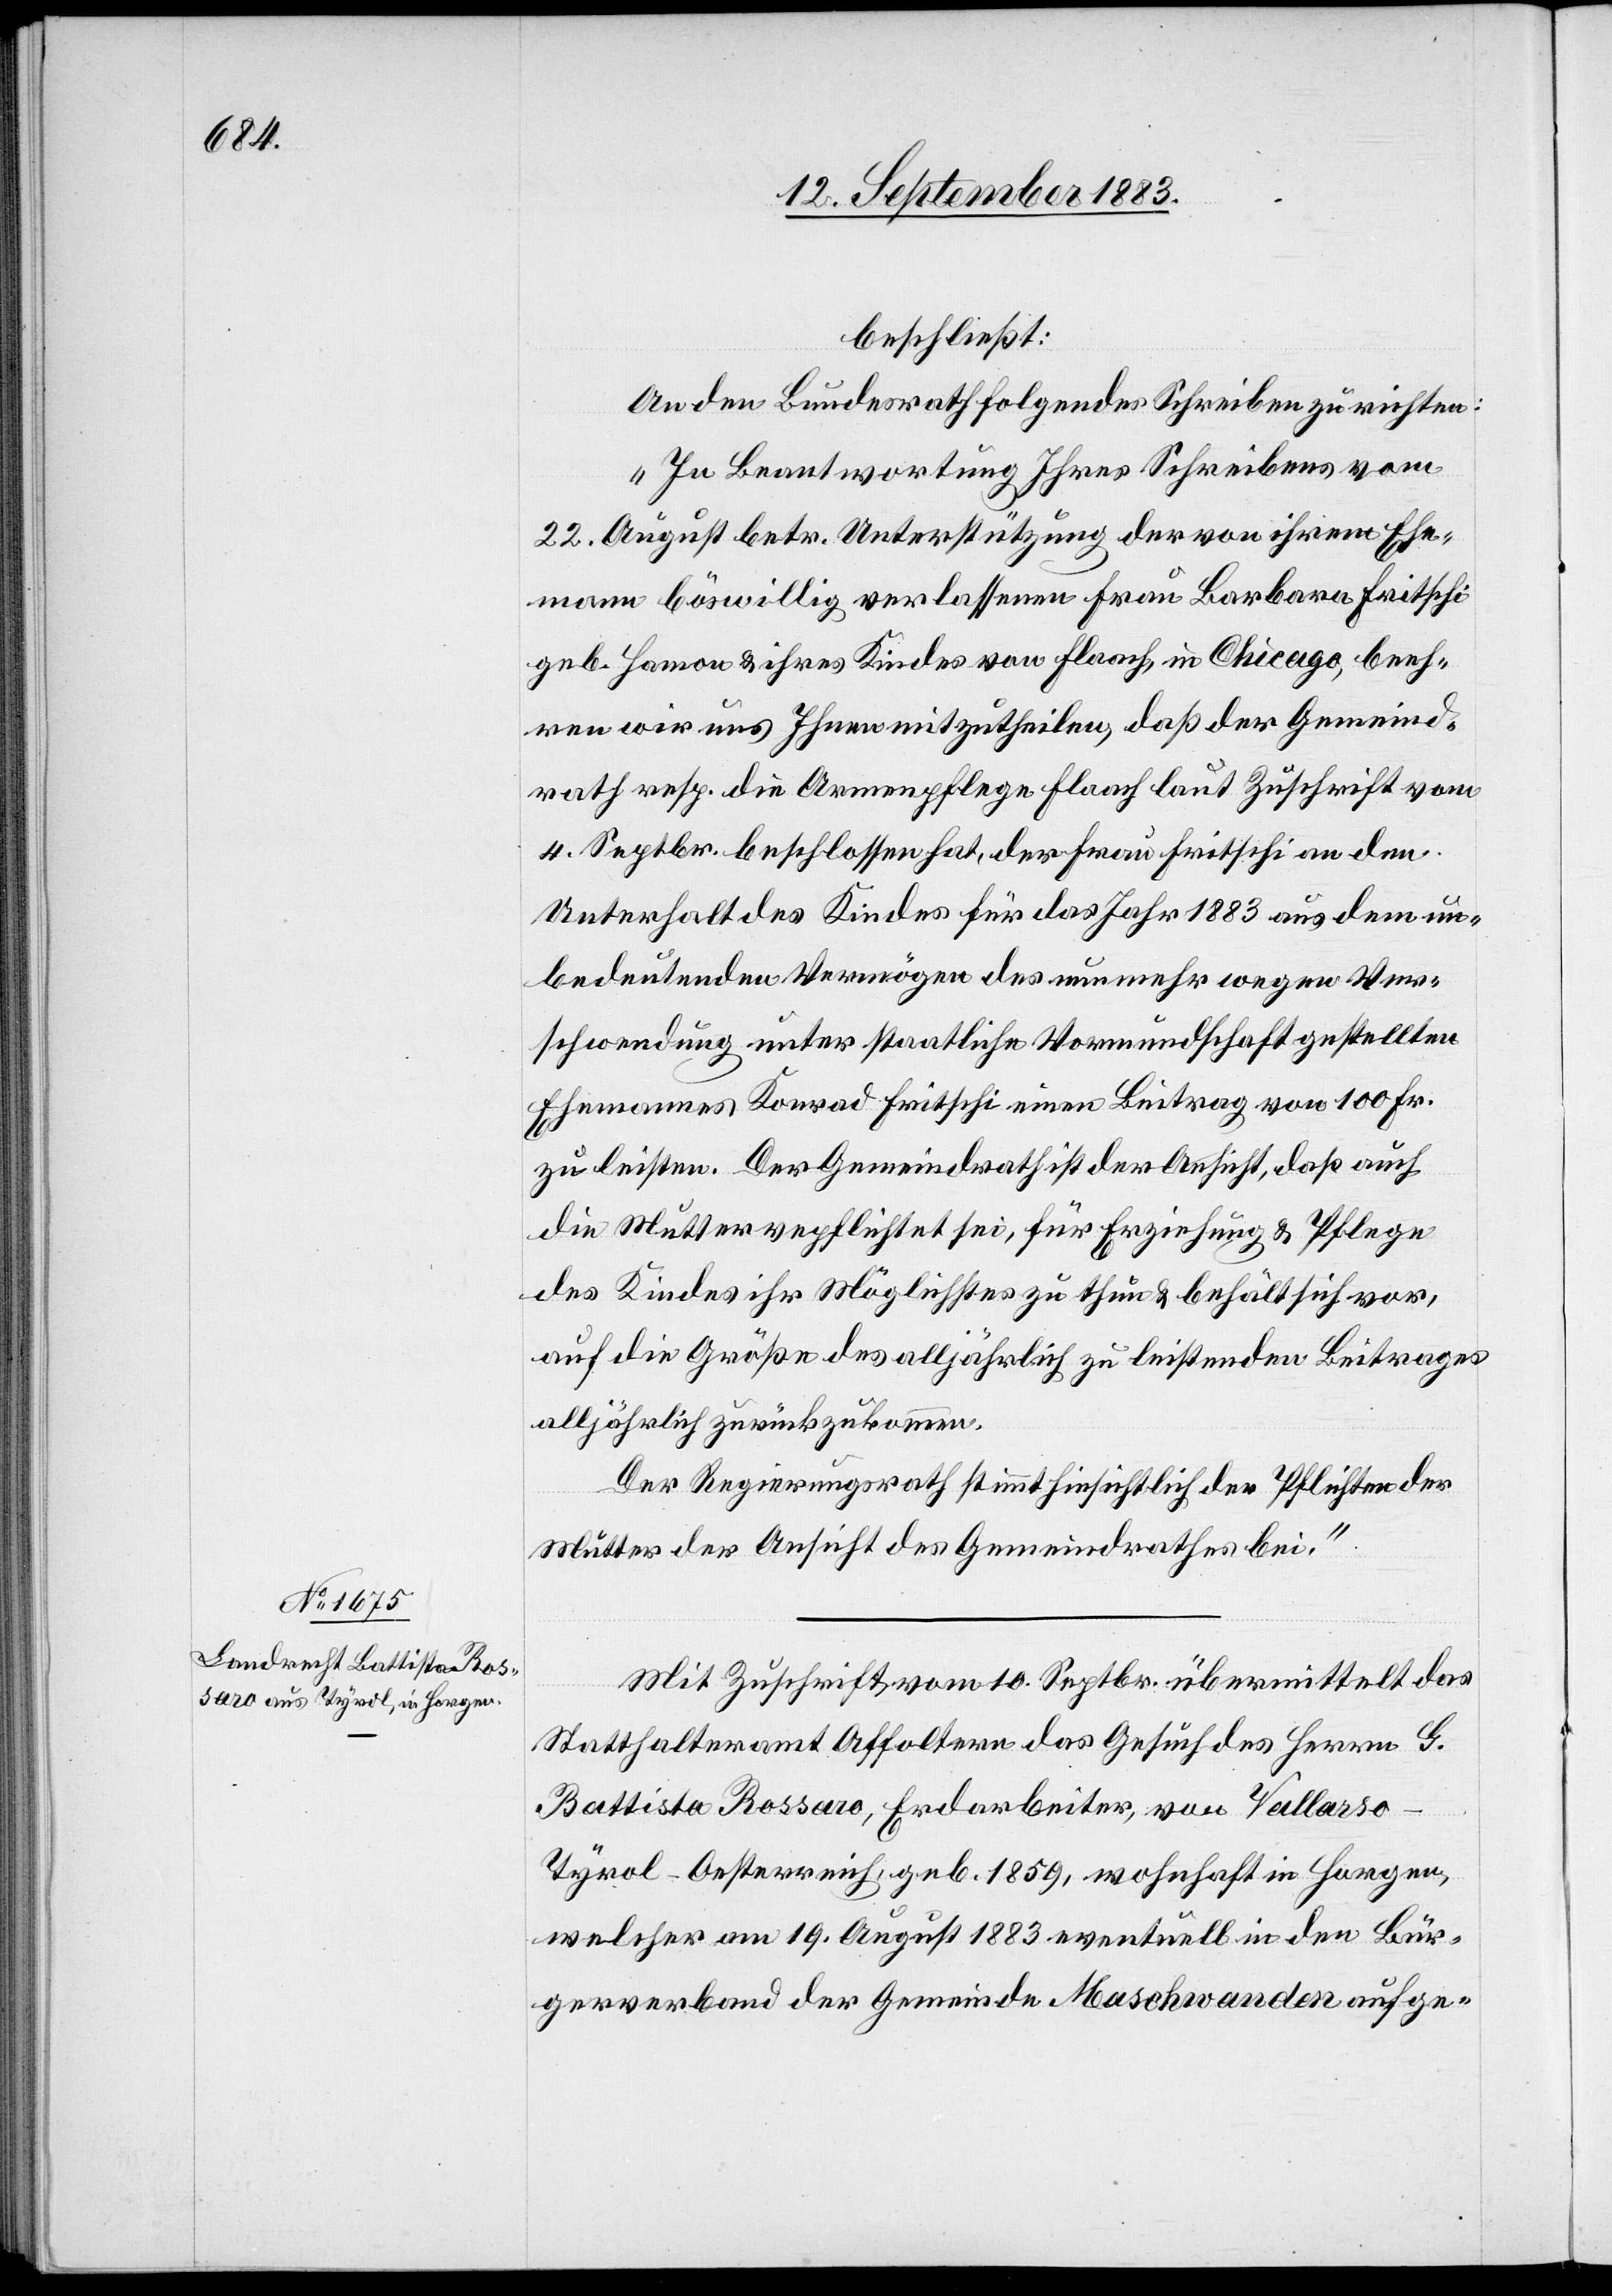
beschließt:
An den Bundesrath folgendes Schreiben zu richten:
„In Beantwortung Ihres Schreibens vom
22. August betr. Unterstützung der von ihrem Ehe¬
mann böswillig verlassenen Frau Barbara Fritschi
geb. Hamon & ihres Kindes von Flaach, in Chicago, beeh¬
ren wir uns Ihnen mitzutheilen, daß der Gemeind¬
rath resp. die Armenpflege Flaach laut Zuschrift vom
4. Septbr. beschlossen hat, der Frau Fritschi an den
Unterhalt des Kindes für das Jahr 1883 aus dem un¬
bedeutenden Vermögen des nunmehr wegen Ver¬
schwendung unter staatliche Vormundschaft gestellten
Ehemannes Konrad Fritschi einen Beitrag von 100 Fr.
zu leisten. Der Gemeindrath ist der Ansicht, daß auch
die Mutter verpflichtet sei, für Erziehung & Pflege
des Kindes ihr Möglichstes zu thun & behält sich vor,
auf die Größe des alljährlich zu leistenden Beitrages
alljährlich zurückzukommen.
Der Regierungsrath stimmt hinsichtlich der Pflichten der
Mutter der Ansicht des Gemeindrathes bei.“
Mit Zuschrift vom 10. Septbr. übermittelt das
Statthalteramt Affoltern das Gesuch des Herrn G.
Battista Rossaro, Erdarbeiter, von Vallarso
Tyrol - Oesterreich, geb. 1859, wohnhaft in Horgen,
welcher am 19. August 1883 eventuell in den Bür¬
gerverband der Gemeinde Maschwanden aufge-